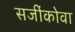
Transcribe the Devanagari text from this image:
सजींकोवा